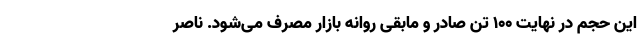
این حجم در نهایت ۱۰۰ تن صادر و مابقی روانه بازار مصرف می‌شود. ناصر